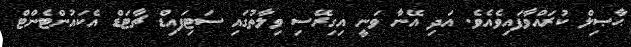
ޙާޞިލް ކުރައްވާފައިވެއެވެ. އަދި އޭނާ ވަނީ އިގިރޭސި ވިލާތުގައި ސަޓިފައިޑް ޗާޓަޑް އެކައުންޓެންޓް